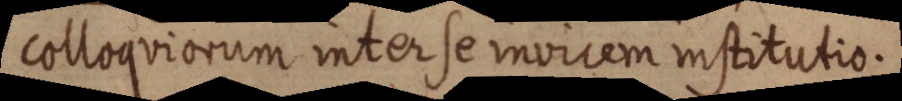
colloquiorum inter se invicem institutio.